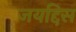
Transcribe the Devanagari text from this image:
जयद्दिस